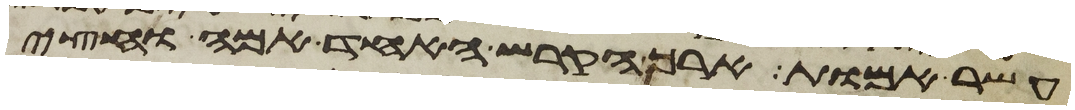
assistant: עשר אמות ארך הקרש האחד אמה וחצי